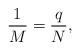
LaTeX: \begin{align*}\frac{1}{M} = \frac{q}{N},\end{align*}